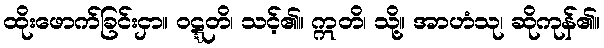
ထိုးဖောက်ခြင်းငှာ။ ဝဋ္ဋတိ၊ သင့်၏။ ဣတိ၊ သို့။ အာဟံသု၊ ဆိုကုန်၏။